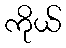
ကိုယ်